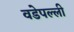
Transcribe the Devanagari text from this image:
वडेपल्‍ली